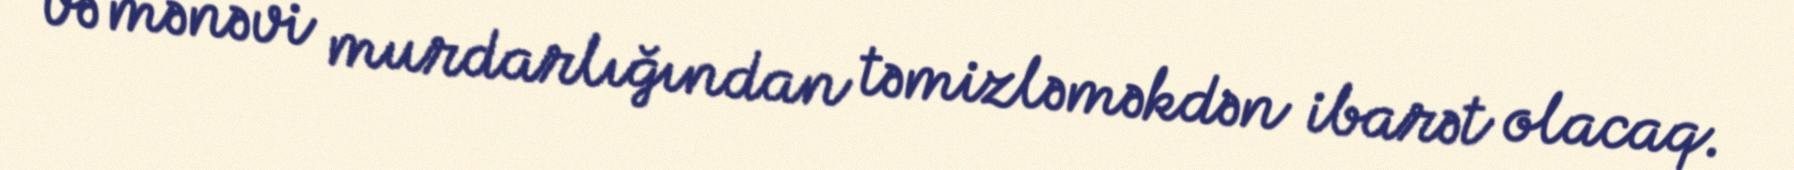
və mənəvi murdarlığından təmizləməkdən ibarət olacaq.